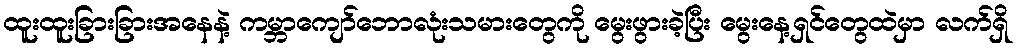
ထူးထူးခြားခြားအနေနဲ့ ကမ္ဘာကျော်ဘောလုံးသမားတွေကို မွေးဖွားခဲ့ပြီး မွေးနေ့ရှင်တွေထဲမှာ လက်ရှိ